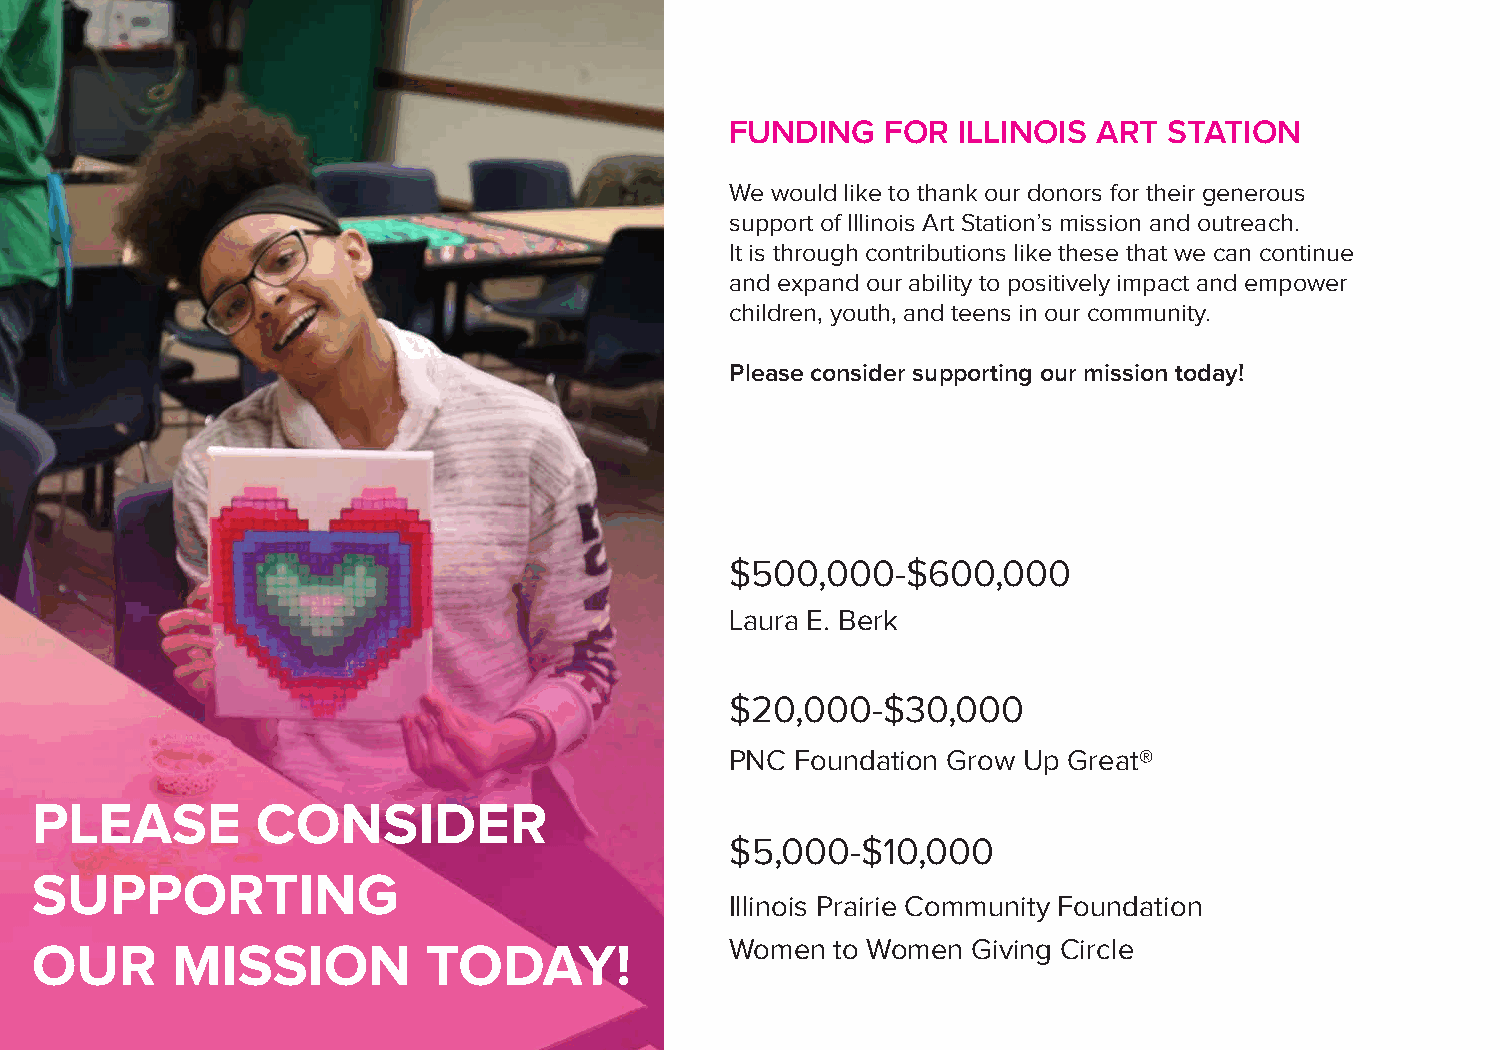
FUNDING    FOR ILLINOIS  ART STATION
 We would like to thank our donors for their generous
 support of Illinois Art Station’s mission and outreach.
 It is through contributions like these that we can continue
 and expand our ability to positively impact and empower
 children, youth, and teens in our community.
 Please consider supporting our mission today!
 $500,000-$600,000
 Laura E. Berk
 $20,000-$30,000
 PNC  Foundation Grow Up Great®
 PLEASE         CONSIDER
 $5,000-$10,000
 SUPPORTING
 Illinois Prairie Community Foundation
 OUR      MISSION          TODAY!              Women  to Women Giving Circle